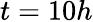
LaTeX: t=10h